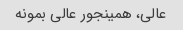
عالی، همینجور عالی بمونه